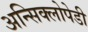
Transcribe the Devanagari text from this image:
अन्सिक्लोपेडी